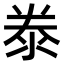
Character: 𣳾